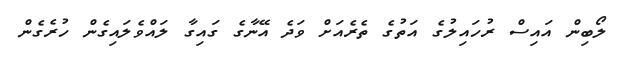
ލޯބިން އައިސް ރުހައިލުގެ އަތުގެ ތެރެއަށް ވަދެ އޭނާގެ ގައިގާ ލައްވެލައިގެން ހުރެގެން